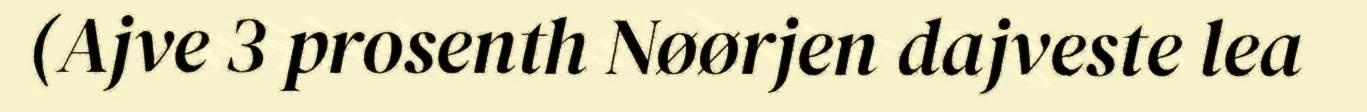
(Ajve 3 prosenth Nøørjen dajveste lea